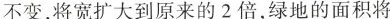
不变，将宽扩大到原来的2倍，绿地的面积将